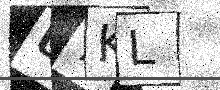
Text: U7KL